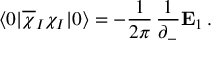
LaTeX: \langle 0 \vert \overline { { { \chi } } } _ { I } \chi _ { I } \vert 0 \rangle = - { \frac { 1 } { 2 \pi } } \, { \frac { 1 } { \partial _ { - } } } { \bf E } _ { 1 } \, .